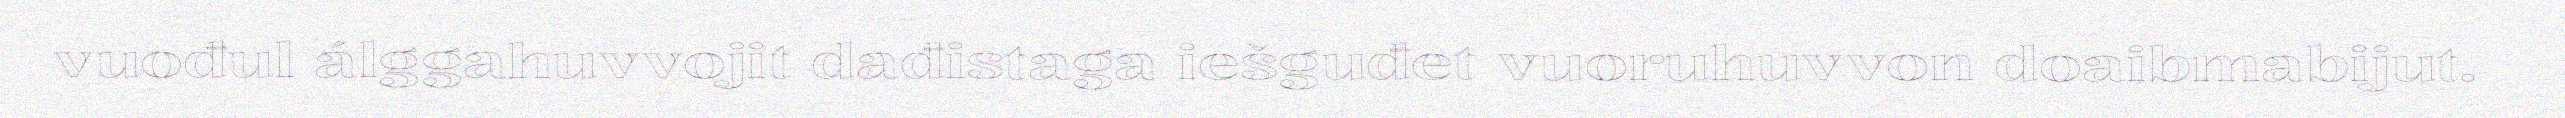
vuođul álggahuvvojit dađistaga iešguđet vuoruhuvvon doaibmabijut.